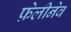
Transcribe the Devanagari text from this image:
फ़ेलीनेव